Report on horse surra - Volume I
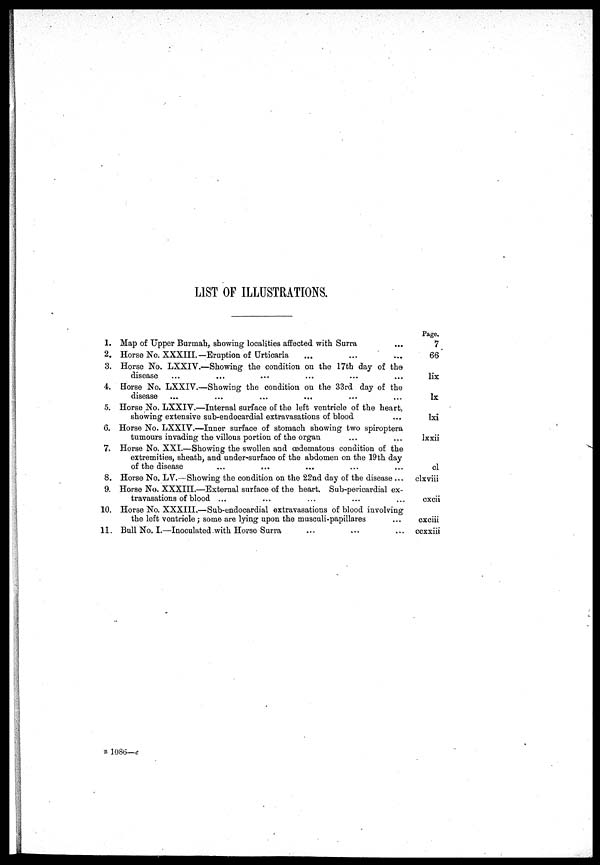
LIST OF ILLUSTRATIONS.
1.
2.
3.
4.
5.
6.
7.
8.
9.
10.
11.
Map of Upper Burmah, showing localities affected with Surra
Horse No. XXXIII.—Eruption of Urticaria
Horse No. LXXIV.—Showing the condition on the 17th day of the
disease
Horse No. LXXIV.—Showing the condition on the 33rd day of the
disease
Horse No. LXXIV.—Internal surface of the left ventricle of the heart,
showing extensive sub-endocardial extravasations of blood
Horse No. LXXIV.—Inner surface of stomach showing two spiroptera
tumours invading the villous portion of the organ
Horse No. XXI.—Showing the swollen and œdematous condition of the
extremities, sheath, and under-surface of the abdomen on the 19th day
of the disease
Horse No. LV.—Showing the condition on the 22nd day of the disease ...
Horse No. XXXIII.—External surface of the heart. Sub-pericardial ex-
travasations of blood ...
Horse No. XXXIII.—Sub-endocardial extravasations of blood involving
the left vontriole; some are lying upon the musculi-papillares
Bull No. I.—Inoculated.with Horse Surra
Page.
7
66
lix
lx
1xi
1xxii
cl
clxviii
cxcii
cxciii
ccxxiii
B 1086—c